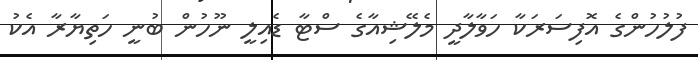
ފުލުހުންގެ އޮފިސަރަކާ ހަވާލާދީ މެލޭޝިއާގެ ސްޓާ ޑެއިލީ ނޫހުން ބުނީ ހަތިޔާރާ އެކު